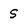
Character: S